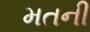
મતની